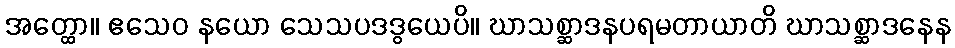
အတ္ထော။ ဧသေဝ နယော သေသပဒဒွယေပိ။ ဃာသစ္ဆာဒနပရမတာယာတိ ဃာသစ္ဆာဒနေန